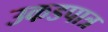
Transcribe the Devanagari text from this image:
उकडपात्र